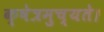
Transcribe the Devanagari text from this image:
क्षेत्रमुच्यते।